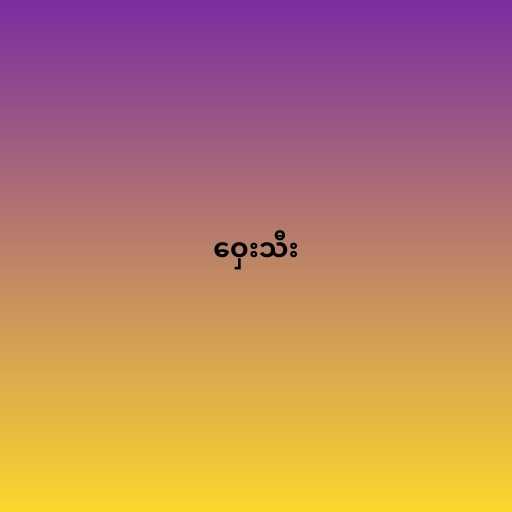
ဝှေးသီး